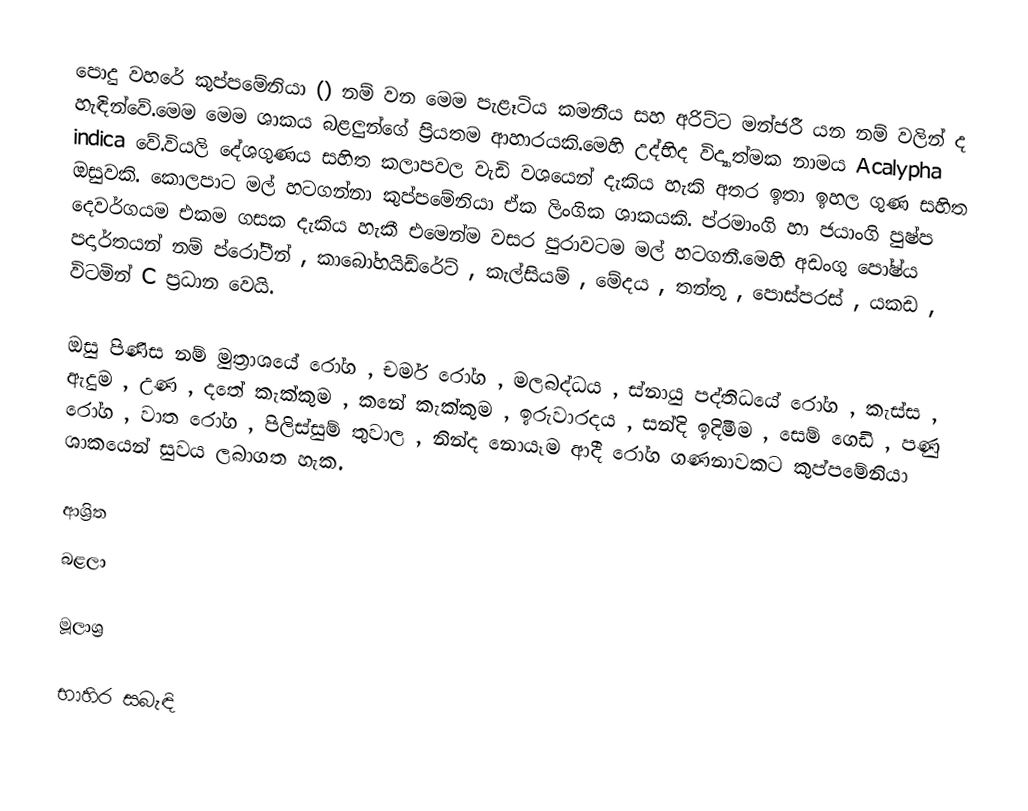
පොදු වහරේ කුප්පමේනියා () නම් වන මෙම පැළෑටිය කමනීය සහ අරිට්ට මන්ජරී යන නම් වලින් ද හැඳින්වේ.මෙම මෙම ශාකය බළලුන්ගේ ප්‍රියතම ආහාරයකි.මෙහි උද්භිද විද්‍යාත්මක නාමය Acalypha indica වේ.වියලි දේශගුණය සහිත කලාපවල වැඩි වශයෙන් දැකිය හැකි අතර ඉතා ඉහල ගුණ සහිත ඔසුවකි. කොලපාට මල් හටගන්නා කුප්පමේනියා ඒක ලිංගික ශාකයකි. ප්රමාංගි හා ජයාංගි පුෂ්ප දෙවර්ගයම එකම ගසක දැකිය හැකී එමෙන්ම වසර පුරාවටම මල් හටගනී.මෙහි අඩංගු පෝෂ්ය පදාර්තයන් නම් ප්රෝටීන් , කාබෝහයිඩ්රේට් , කැල්සියම් , මේදය , තන්තු , පොස්පරස් , යකඩ , විටමින් C ප්‍රධාන වෙයි.

ඔසු පිණිස නම් මුත්‍රාශයේ රෝග , චර්ම රෝග , මලබද්ධය , ස්නායු පද්තිධයේ රෝග , කැස්ස , ඇදුම , උණ , දතේ කැක්කුම , කනේ කැක්කුම , ඉරුවාරදය , සන්දි ඉදිමීම , සෙම් ගෙඩි , පණු රෝග , වාත රෝග , පිලිස්සුම් තුවාල , නින්ද නොයෑම ආදී රෝග ගණනාවකට කුප්පමේනියා ශාකයෙන් සුවය ලබාගත හැක.

ආශ්‍රිත
 බළලා

මූලාශ්‍ර

භාහිර සබැඳි